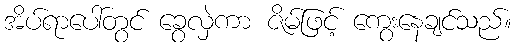
အိပ်ရာပေါ်တွင် ခွေလှဲကာ ဇိမ်ဖြင့် ကွေးနေချင်သည်။